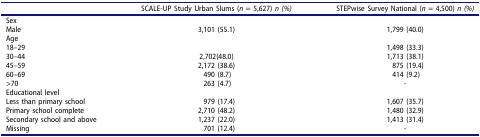
|  | SCALE-UP Study Urban Slums (n = 5,627) n (%) | STEPwise Survey National (n = 4,500) n (%) |
 | --- | --- | --- |
 | Sex |  |  |
 | Male | 3,101 (55.1) | 1,799 (40.0) |
 | Age |  |  |
 | 18–29 |  | 1,498 (33.3) |
 | 30–44 | 2,702(48.0) | 1,713 (38.1) |
 | 45–59 | 2,172 (38.6) | 875 (19.4) |
 | 60–69 | 490 (8.7) | 414 (9.2) |
 | >70 | 263 (4.7) | - |
 | Educational level |  |  |
 | Less than primary school | 979 (17.4) | 1,607 (35.7) |
 | Primary school complete | 2,710 (48.2) | 1,480 (32.9) |
 | Secondary school and above | 1,237 (22.0) | 1,413 (31.4) |
 | Missing | 701 (12.4) | - |